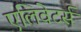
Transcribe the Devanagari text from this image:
एलिवेटर्स